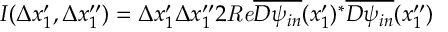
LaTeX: I ( \Delta x _ { 1 } ^ { \prime } , \Delta x _ { 1 } ^ { \prime \prime } ) = \Delta x _ { 1 } ^ { \prime } \Delta x _ { 1 } ^ { \prime \prime } 2 { \it R e } \overline { { { D \psi _ { i n } } } } ( x _ { 1 } ^ { \prime } ) ^ { * } \overline { { { D \psi _ { i n } } } } ( x _ { 1 } ^ { \prime \prime } )